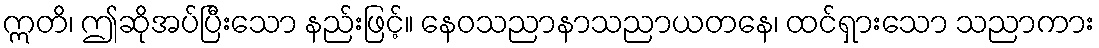
ဣတိ၊ ဤဆိုအပ်ပြီးသော နည်းဖြင့်။ နေဝသညာနာသညာယတနေ၊ ထင်ရှားသော သညာကား